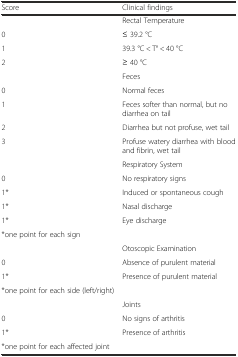
<table><thead><tr><td><b>Score</b></td><td><b>Clinical findings</b></td></tr></thead><tbody><tr><td></td><td>Rectal Temperature</td></tr><tr><td>0</td><td>≤ 39.2 °C</td></tr><tr><td>1</td><td>39.3 °C &lt; T° &lt; 40 °C</td></tr><tr><td>2</td><td>≥ 40 °C</td></tr><tr><td></td><td>Feces</td></tr><tr><td>0</td><td>Normal feces</td></tr><tr><td>1</td><td>Feces softer than normal, but no diarrhea on tail</td></tr><tr><td>2</td><td>Diarrhea but not profuse, wet tail</td></tr><tr><td>3</td><td>Profuse watery diarrhea with blood and fibrin, wet tail</td></tr><tr><td></td><td>Respiratory System</td></tr><tr><td>0</td><td>No respiratory signs</td></tr><tr><td>1*</td><td>Induced or spontaneous cough</td></tr><tr><td>1*</td><td>Nasal discharge</td></tr><tr><td>1*</td><td>Eye discharge</td></tr><tr><td>*one point for each sign</td><td></td></tr><tr><td></td><td>Otoscopic Examination</td></tr><tr><td>0</td><td>Absence of purulent material</td></tr><tr><td>1*</td><td>Presence of purulent material</td></tr><tr><td>*one point for each side (left/right)</td><td></td></tr><tr><td></td><td>Joints</td></tr><tr><td>0</td><td>No signs of arthritis</td></tr><tr><td>1*</td><td>Presence of arthritis</td></tr><tr><td>*one point for each affected joint</td><td></td></tr></tbody></table>